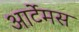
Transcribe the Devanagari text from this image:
आर्टेमस